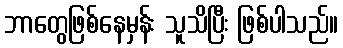
ဘာတွေဖြစ်နေမှန်း သူသိပြီး ဖြစ်ပါသည်။